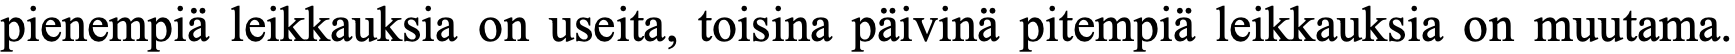
pienempiä leikkauksia on useita, toisina päivinä pitempiä leikkauksia on muutama.